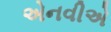
એનવીએ